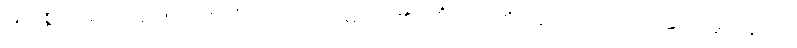
မြတ်စွာဘုရားသည်။ ဘဏိတံ၊ ဟောတော်မူအပ်၏။ ကိံဘဏိတံ၊ အဘယ်သို့ဟောတော်မူသနည်း။